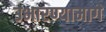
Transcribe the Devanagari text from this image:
उभारण्यामागे